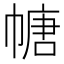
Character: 𫷎